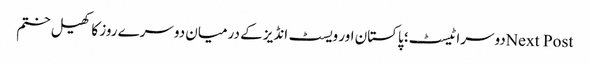
Next Postدوسرا ٹیسٹ؛ پاکستان اور ویسٹ انڈیز کے درمیان دوسرے روز کا کھیل ختم